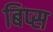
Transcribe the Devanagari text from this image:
बिप्स